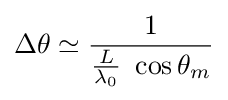
\Delta \theta \simeq {\frac {1}{{\frac {L}{\lambda _{0}}}\ \cos \theta _{m}}}